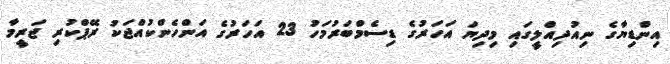
އިންޑިޔާގެ ނިއުދިއްލީގައި މިދިޔަ އަހަރުގެ ޑިސެމްބަރުމަހު 23 އަހަރުގެ އަންހެންކުއްޖަކު ރޭޕްކުރި ޖަރީމާ